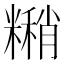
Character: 𬖹